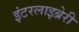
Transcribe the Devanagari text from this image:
इंटरलाइब्रेरी